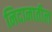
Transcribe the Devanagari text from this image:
निदानातील